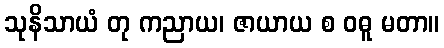
သုနိသာယံ တု ကညာယ၊ ဇာယာယ စ ဝဓူ မတာ။